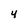
Character: 4